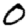
Digit: 0